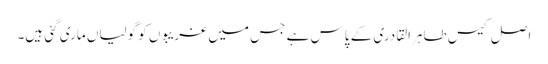
اصل کیس طاہرالقادری کے پاس ہے جس میں غریبوں کو گولیاں ماری گئی ہیں۔